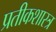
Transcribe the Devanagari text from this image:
प्रतीकशास्त्र